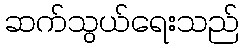
ဆက်သွယ်ရေးသည်